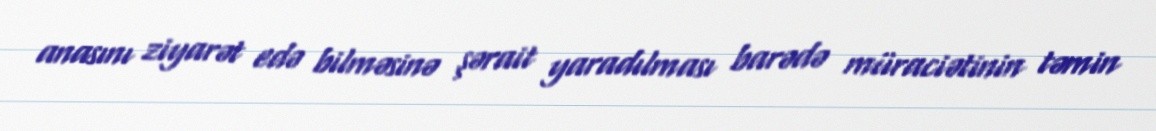
anasını ziyarət edə bilməsinə şərait yaradılması barədə müraciətinin təmin